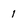
Character: 1